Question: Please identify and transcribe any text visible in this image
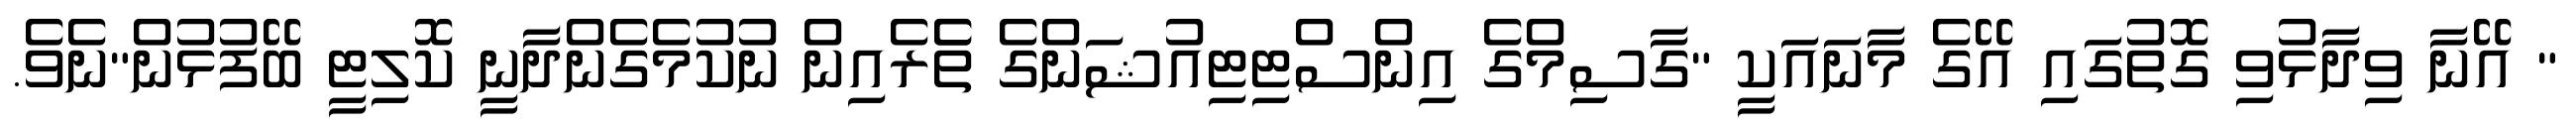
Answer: " އޭނާ ވިދާޅުވި ގޮތުގައި އޭގެ މާނައަކީ "ގާސިމްގެ އިންސްޓިޓިއުޝަންގެ ތެެރެއިން ނުކުމެގެންދާނީ ކޮލިޓީ ބޭފުޅުން"ނެވެ.